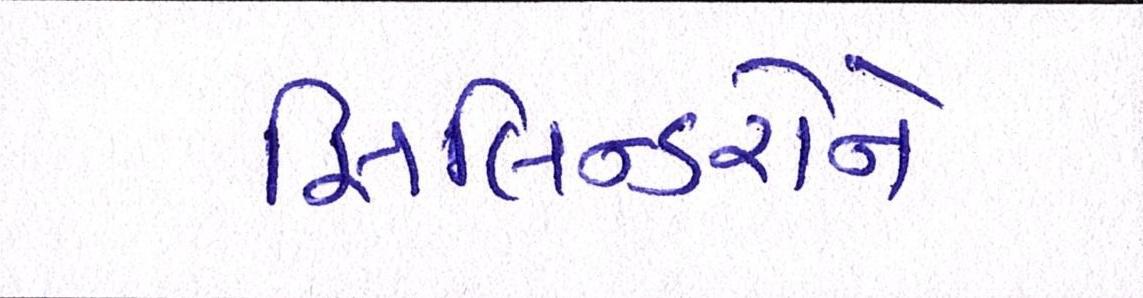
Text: સિલિન્ડરોને